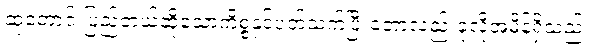
ဆုတောင်းပြည့်တယ်ဆိုသောကိစ္စနှင့်ပတ်သက်ပြီးတော့လည်းခုလိုအမိန့်ရှိသည်။